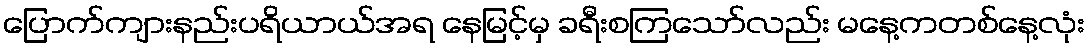
ပြောက်ကျားနည်းပရိယာယ်အရ နေမြင့်မှ ခရီးစကြသော်လည်း မနေ့ကတစ်နေ့လုံး